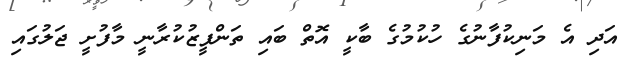
އަދި އެ މަނިކުފާނުގެ ހުކުމުގެ ބާކީ އޮތް ބައި ތަންފީޒުކުރާނީ މާފުށީ ޖަލުގައި